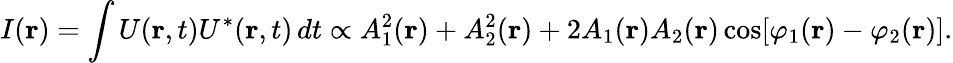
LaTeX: I(\mathbf{r})=\int U(\mathbf{r},t)U^{*}(\mathbf{r},t)\, dt\propto A_{1}^{2}(\mathbf{r})+A_{2}^{2}(\mathbf{r})+2A_{1}(\mathbf{r})A_{2}(\mathbf{r})\cos[\varphi_{1}(\mathbf{r})-\varphi_{2}(\mathbf{r})].